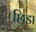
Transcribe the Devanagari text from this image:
छिडा